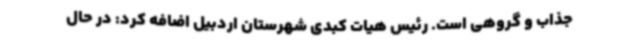
جذاب و گروهی است. رئیس هیات کبدی شهرستان اردبیل اضافه کرد: در حال